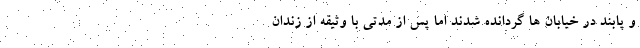
و پابند در خیابان ها گردانده شدند اما پس از مدتی با وثیقه از زندان